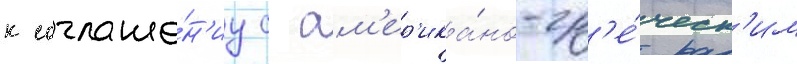
к соглаше́н'иу с ам'ер'ика́но-гр'е́ческ'им